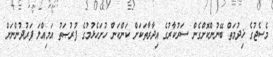
މެސެޖުގެ ޚިދުމަތް ބޭނުންކޮށްގެން ސަރުކާރުގެ އިދާރާތަކަށް ކަންކަން ހުށަހެޅުމުގެ ފުރުޞަތު އަމިއްލަ ފަރުދުންނަށް